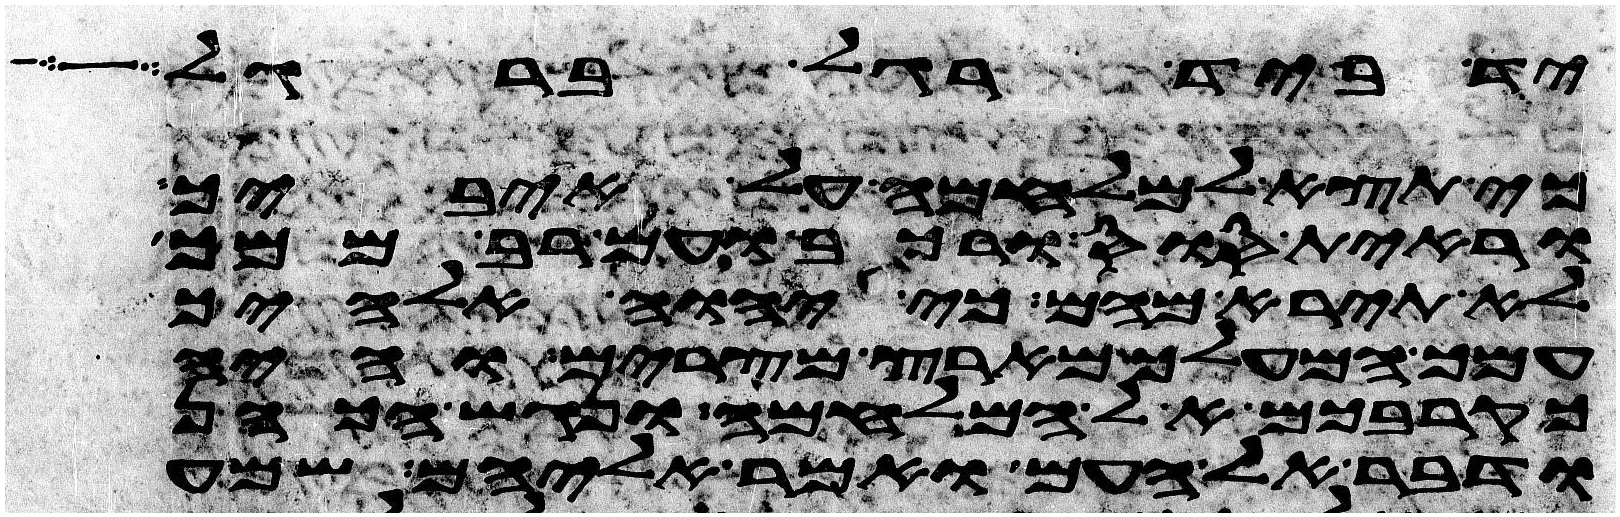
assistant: ביד רגל ברגל
כי תצא למלחמה על איביך
וראית סוס ורכב ועם רב ממך
לא תירא מהם כי יהוה אלהיך
עמך המעלך מארץ מצרים והיה
כקרבכם אל המלחמה ונגש הכהן
ודבר אל העם ואמר אליהם שמע